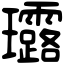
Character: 𤫢